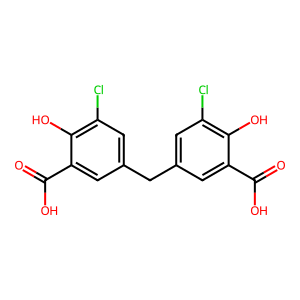
SMILES: O=C(O)c1cc(Cc2cc(Cl)c(O)c(C(=O)O)c2)cc(Cl)c1O
Inhibits HIV replication: No